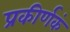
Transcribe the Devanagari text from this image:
प्रकीर्णकं